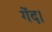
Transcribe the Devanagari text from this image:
गेंद।